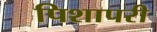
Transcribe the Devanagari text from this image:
पिशापरी